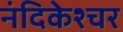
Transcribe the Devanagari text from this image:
नंदिकेश्चर